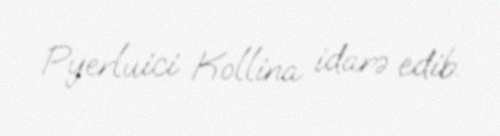
Pyerluici Kollina idarə edib.